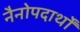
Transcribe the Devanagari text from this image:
नैनोपदार्थों